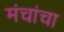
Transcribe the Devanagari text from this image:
मंचांचा